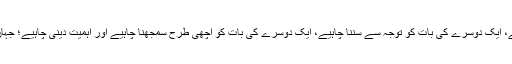
محبت کے رشتے کو مضبوط کرنے کےلیے آپ کو ہر ممکن کام کرنا چاہیے، ایک دوسرے کی بات کو توجہ سے سننا چاہیے، ایک دوسرے کی بات کو اچھی طرح سمجھنا چاہیے اور اہمیت دینی چاہیے؛ جہاں ضروری ہو ایک دوسرے کو داد دینی اور حوصلہ افزائی بھی کرنی چاہیے۔